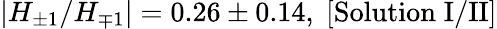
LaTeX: |H_{\pm 1}/H_{\mp 1}|=0.26\pm 0.14,\; [\mathrm{Solution\; I/II}]